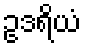
ဥဒရိယံ